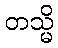
တသ္မိ